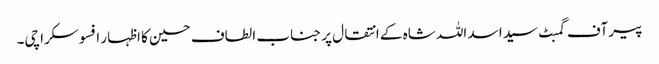
پیر آف گمبٹ سید اسد اللہ شاہ کے انتقال پر جناب الطاف حسین کا اظہار افسوسکراچی۔